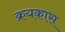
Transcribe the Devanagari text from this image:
क्रयकास